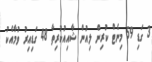
3 ގަޑި 59 މިނެޓް ކުރިން ލިއުން ޝާއިއުކުރިތާ 48 ގަޑިއިރު ވުމާއެކު